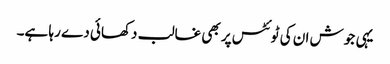
یہی جوش ان کی ٹوئٹس پر بھی غالب دکھائی دے رہا ہے۔